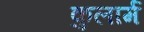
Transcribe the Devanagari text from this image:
कुलार्म